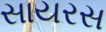
સાયરસ